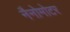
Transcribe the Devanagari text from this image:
नैनोमोटर